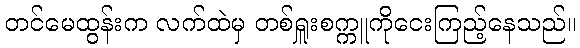
တင်မေထွန်းက လက်ထဲမှ တစ်ရှူးစက္ကူကိုငေးကြည့်နေသည်။